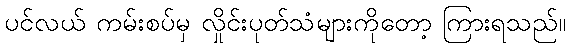
ပင်လယ် ကမ်းစပ်မှ လှိုင်းပုတ်သံများကိုတော့ ကြားရသည်။